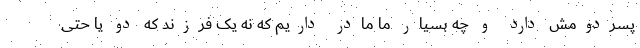
پسردومش دارد و چه بسیار ما مادر داریم که نه یک فرزند که دو یا حتی